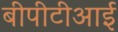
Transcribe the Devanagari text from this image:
बीपीटीआई